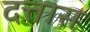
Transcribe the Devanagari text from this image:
दत्तास